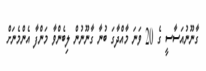
ގާނޫނުއަސާސީ ގެ 20 ވަނަ މާއްދާގަ ބުނާ ގާނޫނުން ލިބެންވާ މަންފާ އެންމެނަށް